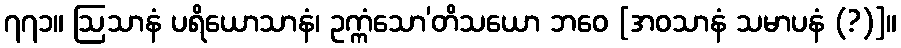
၇၇၁။ ဩသာနံ ပရိယောသာနံ၊ ဥက္ကံသော’တိသယော ဘဝေ [အဝသာနံ သမာပနံ (?)]။